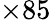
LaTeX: \times 85